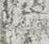
براين